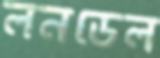
লনডেল